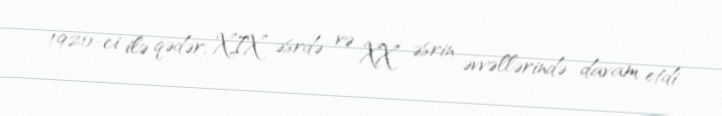
1920-ci ilə qədər, XIX əsrdə və XX əsrin əvvəllərində davam etdi.